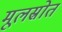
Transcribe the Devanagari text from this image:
मूलस्रोत